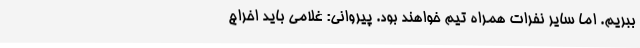
ببریم. اما سایر نفرات همراه تیم خواهند بود. پیروانی: غلامی باید اخراج